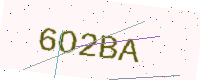
Text: 6O2BA